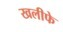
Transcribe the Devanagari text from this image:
खलीफे